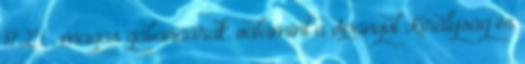
1725 , magas gabonaárak, valamint a Spanyol Királyság és